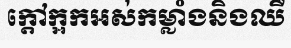
ក្តៅក្អកអស់កម្លាំងនិងឈឺ